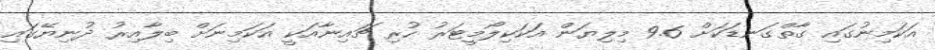
އަކަމިނުގައި ގާތްގަނޑަކަށް 9.6 މިލިޔަން އަކަކިލޯމީޓަރު ހުރި ޗައިނާއަކީ އަކަމިނަށް ބިލާއިރު ދުނިޔޭގައި